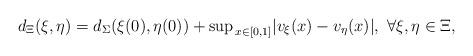
LaTeX: \begin{align*}d_\Xi(\xi, \eta) = d_\Sigma(\xi(0), \eta(0)) + \mathrm{sup}_{\, x \in [0, 1]}|v_\xi(x) - v_\eta(x)|, \ \forall \xi, \eta \in \Xi, \end{align*}